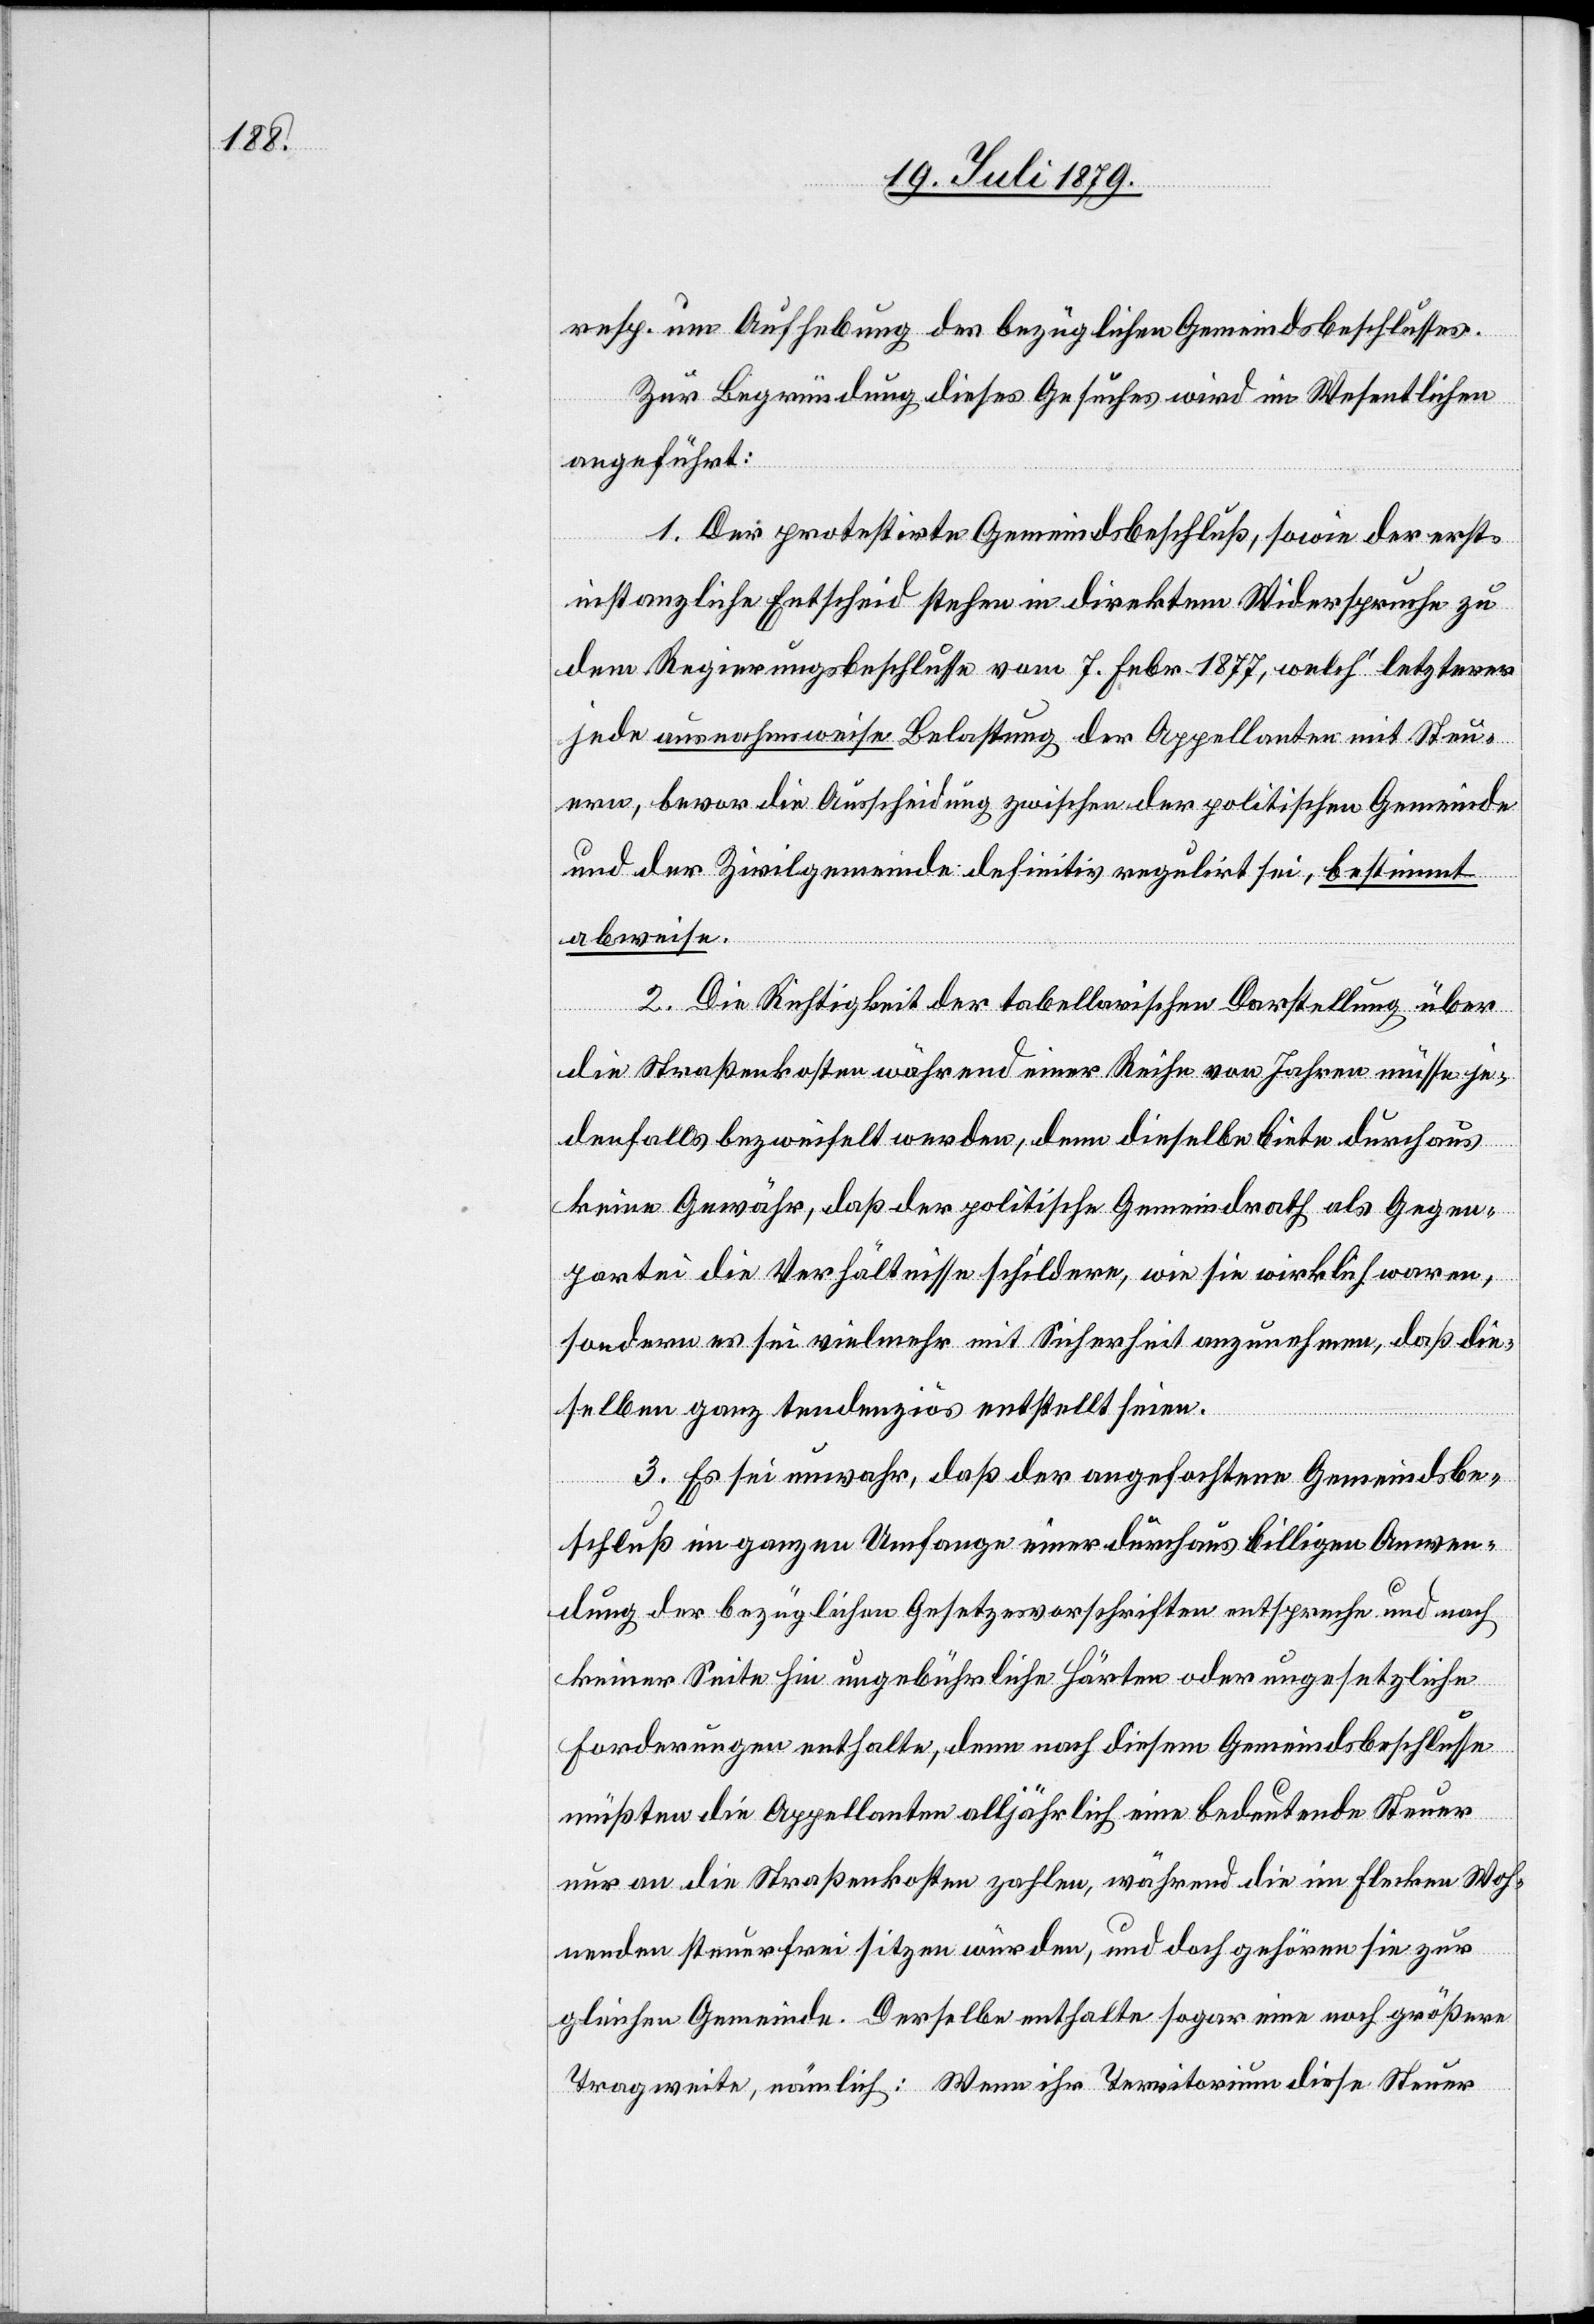
resp. um Aufhebung des bezüglichen Gemeindsbeschlusses.
Zur Begründung dieses Gesuches wird im Wesentlichen
angeführt:
1. Der protestirte Gemeindsbeschluß, sowie der erst¬
instanzliche Entscheid stehen in direktem Widerspruche zu
dem Regierungsbeschlusse vom 7. Febr. 1877, welch’ letzterer
jede ausnahmsweise Belastung der Appellanten mit Steu¬
ern, bevor die Ausscheidung zwischen der politischen Gemeinde
und der Zivilgemeinde definitiv regulirt sei, bestimmt
abweise.
2. Die Richtigkeit der tabellarischen Darstellung über
die Straßenkosten während einer Reihe von Jahren müsse je¬
denfalls bezweifelt werden, denn dieselbe biete durchaus
keine Gewähr, daß der politische Gemeindrath als Gegen¬
partei die Verhältnisse schildere, wie sie wirklich waren,
sondern es sei vielmehr mit Sicherheit anzunehmen, daß die¬
selben ganz tendenziös entstellt seien.
3. Es sei unwahr, daß der angefochtene Gemeindsbe¬
schluß im ganzen Umfange einer durchaus billigen Anwen¬
dung der bezüglichen Gesetzesvorschriften entspreche und nach
keiner Seite hin ungebührliche Härten oder ungesetzliche
Forderungen enthalte, denn nach diesem Gemeindsbeschlusse
müßten die Appellanten alljährlich eine bedeutende Steuer
nur an die Straßenkosten zahlen, während die im Flecken Woh¬
nenden steuerfrei sitzen würden, und doch gehören sie zur
gleichen Gemeinde. Derselbe enthalte sogar eine noch größere
Tragweite, nämlich: Wenn ihr Territorium diese Steuer